Preliminary report on an investigation into the etiology of Oriental sore in Cambay - Number 50
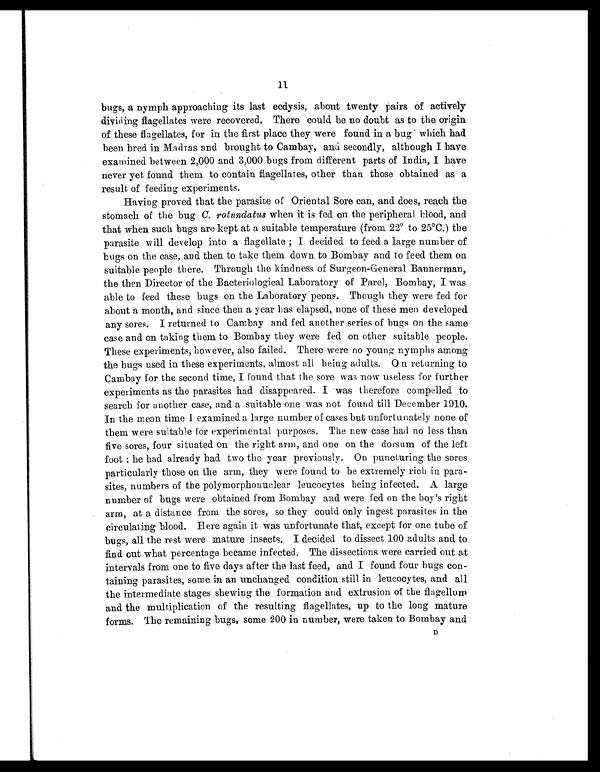
11
bugs, a nymph approaching its last ecdysis, about twenty pairs of actively
dividing flagellates were recovered. There could be no doubt as to the origin
of these flagellates, for in the first place they were found in a bug which had
been bred in Madras and brought to Cambay, and secondly, although I have
examined between 2,000 and 3,000 bugs from different parts of India, I have
never yet found them to contain flagellates, other than those obtained as a
result of feeding experiments.
Having proved that the parasite of Oriental Sore can, and does, reach the
stomach of the bug C. rotundatus when it is fed on the peripheral blood, and
that when such bugs are kept at a suitable temperature (from 22° to 25°C.) the
parasite will develop into a flagellate ; I decided to feed a large number of
bugs on the case, and then to take them down to Bombay and to feed them on
suitable people there. Through the kindness of Surgeon-General Bannerman,
the then Director of the Bacteriological Laboratory of Parel, Bombay, I was
able to feed these bugs on the Laboratory peons. Though they were fed for
about a month, and since then a year has elapsed, none of these men developed
any sores. I returned to Cambay and fed another series of bugs on the same
case and on taking them to Bombay they were fed on other suitable people.
These experiments, however, also failed. There were no young nymphs among
the bugs used in these experiments, almost all being adults. On returning to
Cambay for the second time, I found that the sore was now useless for further
experiments as the parasites had disappeared. I was therefore compelled to
search for another case, and a suitable one was not found till December 1910.
In the mean time I examined a large number of cases but unfortunately none of
them were suitable for experimental purposes. The new case had no less than
five sores, four situated on the right arm, and one on the dorsum of the left
foot : he had already had two the year previously. On puncturing the sores
particularly those on the arm, they were found to be extremely rich in para-
sites, numbers of the polymorphonuclear leucocytes being infected. A large
number of bugs were obtained from Bombay and were fed on the boy's right
arm, at a distance from the sores, so they could only ingest parasites in the
circulating blood. Here again it was unfortunate that, except for one tube of
bugs, all the rest were mature insects. I decided to dissect 100 adults and to
find out what percentage became infected. The dissections were carried out at
intervals from one to five days after the last feed, and I found four bugs con-
taining parasites, some in an unchanged condition still in leucocytes, and all
the intermediate stages shewing the formation and extrusion of the flagellum
and the multiplication of the resulting flagellates, up to the long mature
forms. The remaining bugs, some 200 in number, were taken to Bombay and
D